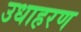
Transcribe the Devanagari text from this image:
उधाहरण